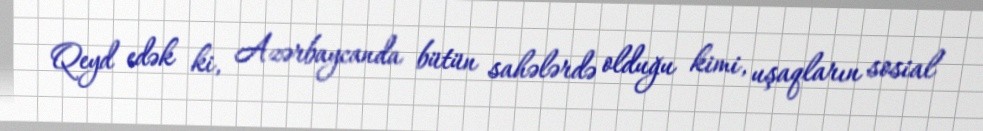
Qeyd edək ki, Azərbaycanda bütün sahələrdə olduğu kimi, uşaqların sosial